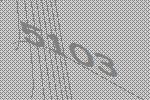
5103